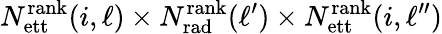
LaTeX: N_{\mathrm{ett}}^{\mathrm{rank}}(i,\ell)\times N_{\mathrm{rad}}^{\mathrm{rank}}(\ell^{\prime})\times N_{\mathrm{ett}}^{\mathrm{rank}}(i,\ell^{\prime\prime})